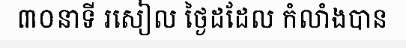
៣០នាទី រសៀល ថ្ងៃដដែល កំលាំងបាន